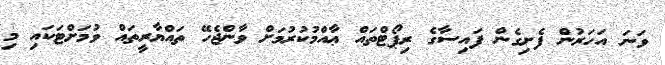
ވަނަ އަހަރުން ފެށިގެން ފައިސާގެ ރިޕޯޓްތައް ޢާއްމުކުރުމަށް ވާންޖެހޭ ތައްޔާރީތައް ވުމަށްޓަކައި މި